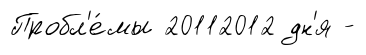
Пробл'е́мы 20112012 дн'я -